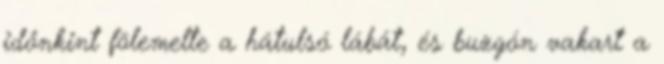
időnkint fölemelte a hátulsó lábát, és buzgón vakart a